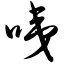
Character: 咦